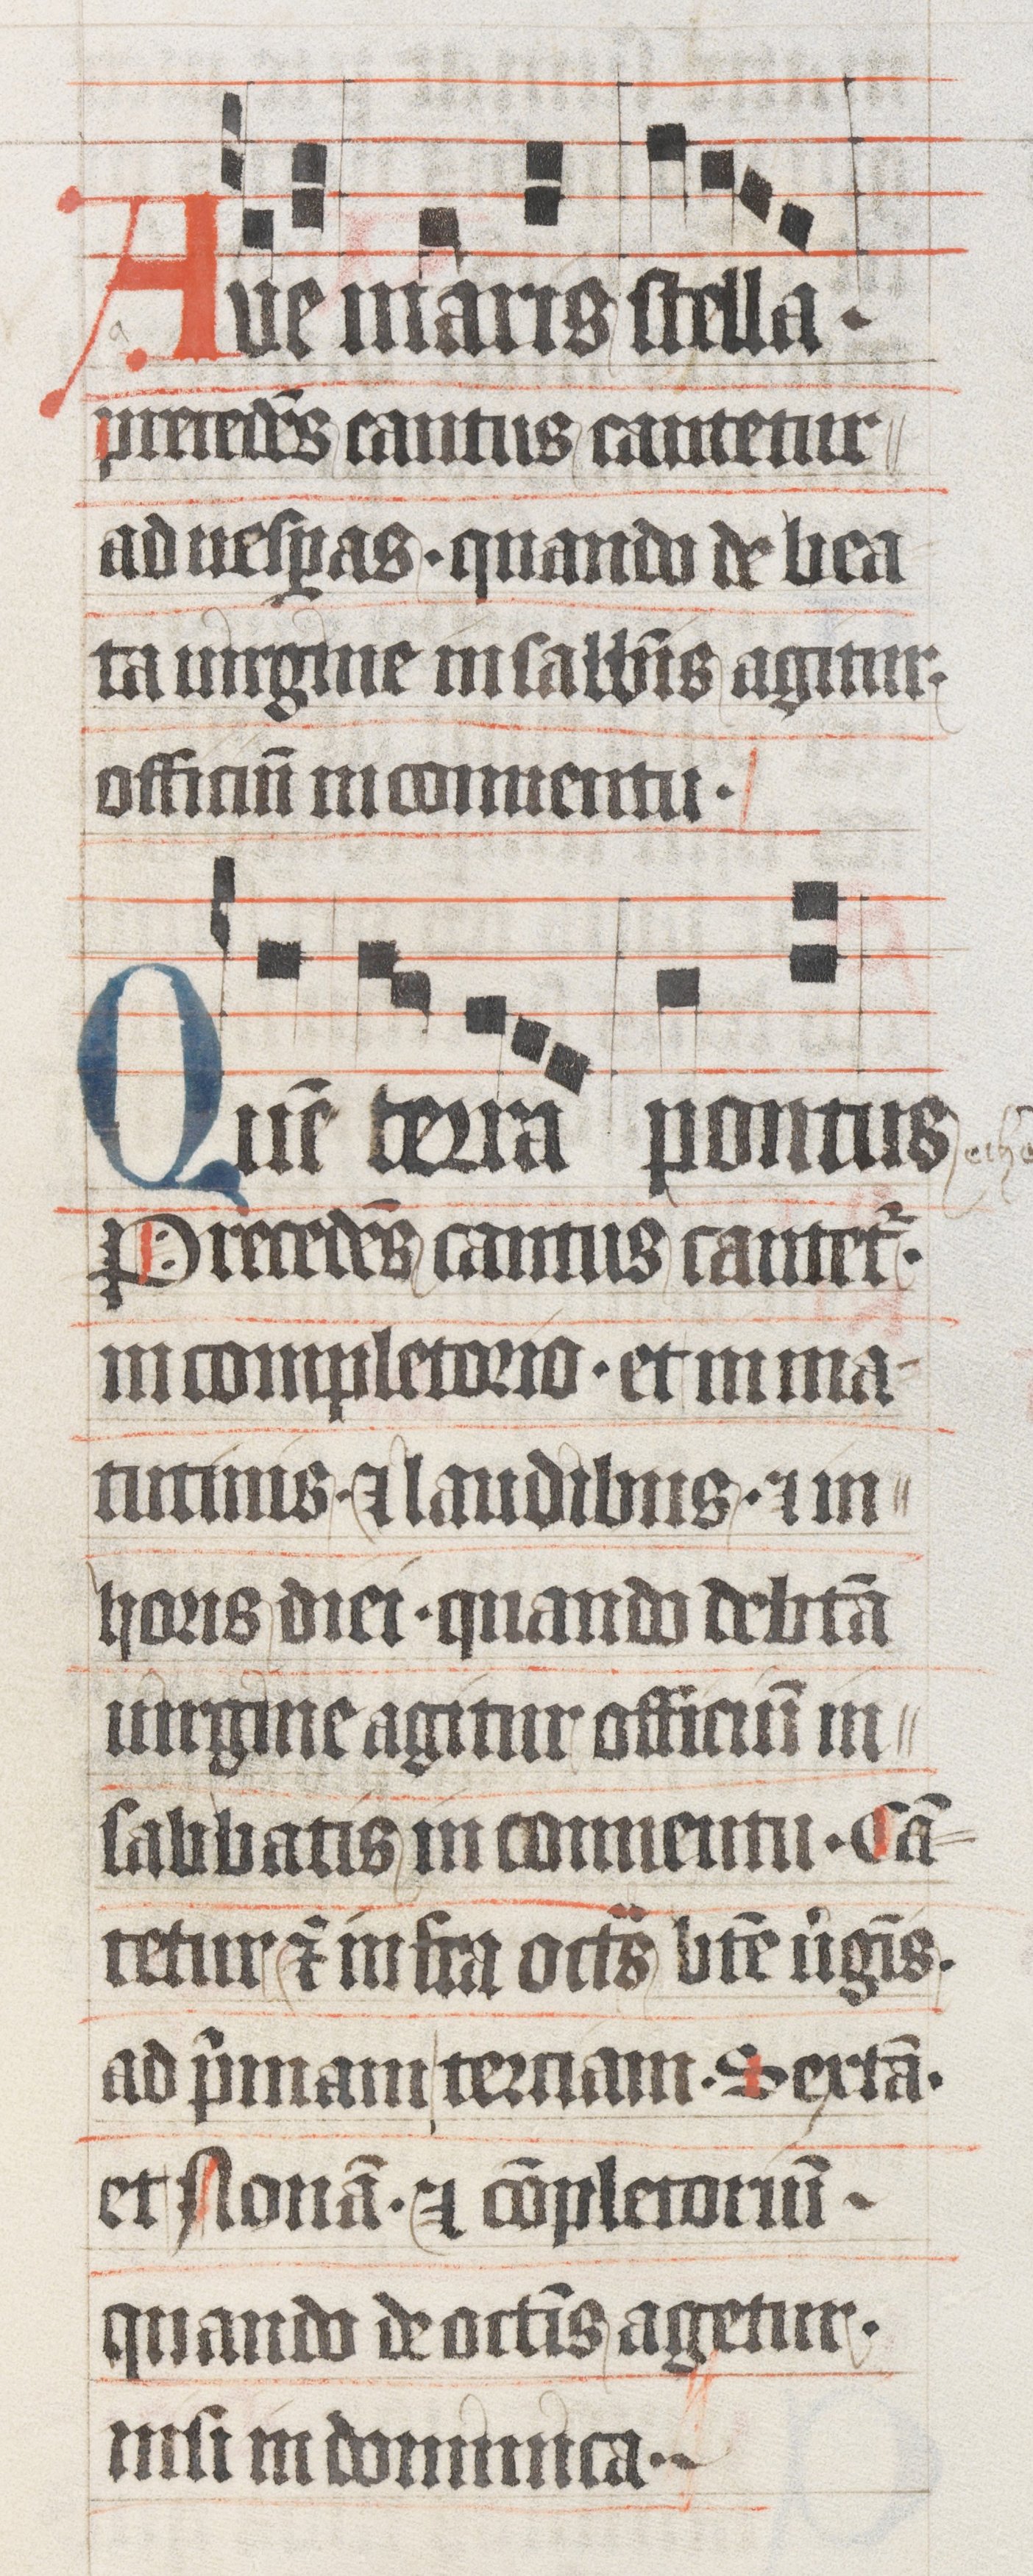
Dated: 1485–1515